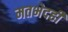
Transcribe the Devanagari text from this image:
मतभेदही